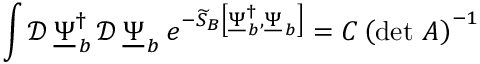
\int \mathcal { D } \, \underline { { \Psi } } _ { \, b } ^ { \dagger } \, \mathcal { D } \, \underline { { \Psi } } _ { \, b } \, e ^ { - \widetilde { S } _ { B } \left[ \underline { { \Psi } } _ { \, b } ^ { \dagger } , \underline { { \Psi } } _ { \, b } \right] } = C \left( \operatorname* { d e t } \, \cal A \right) ^ { - 1 }